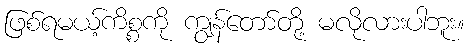
ဖြစ်ရမယ့်ကိစ္စကို ကျွန်တော်တို့ မလိုလားပါဘူး။